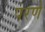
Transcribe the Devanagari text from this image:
परणे